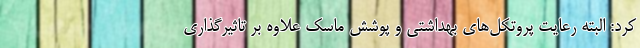
کرد: البته رعایت پروتکل‌های بهداشتی و پوشش ماسک علاوه بر تاثیرگذاری